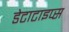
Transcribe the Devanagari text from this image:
डेटाटाइप्स